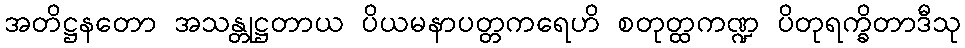
အတိဋ္ဌနတော အသန္တုဋ္ဌတာယ ပိယမနာပတ္တကရေဟိ စတုတ္ထကဏ္ဍ ပိတုရက္ခိတာဒီသု